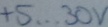
Text: +5...30V